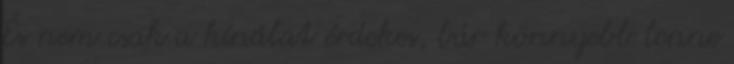
És nem csak a kínálat érdekes, bár könnyebb lenne